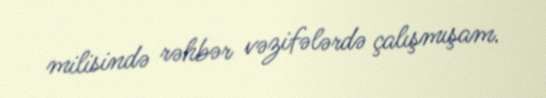
milisində rəhbər vəzifələrdə çalışmışam.